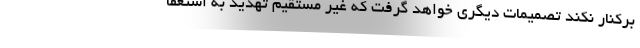
برکنار نکند تصمیمات دیگری خواهد گرفت که غیر مستقیم تهدید به استعفا